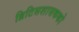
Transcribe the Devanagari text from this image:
ब्रिटिसशासकको